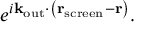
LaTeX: e ^ { i \mathbf { k } _ { \mathrm { o u t } } \cdot \left( \mathbf { r } _ { \mathrm { s c r e e n } } - \mathbf { r } \right) } .